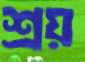
শ্রয়